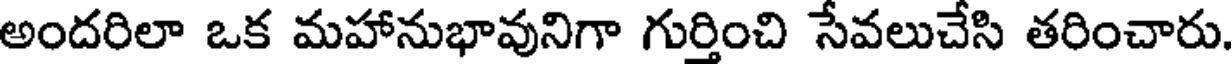
అందరిలా ఒక మహానుభావునిగా గుర్తించి సేవలుచేసి తరించారు